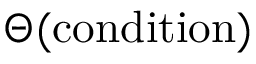
\Theta ( \mathrm { c o n d i t i o n } )